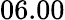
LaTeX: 06.00